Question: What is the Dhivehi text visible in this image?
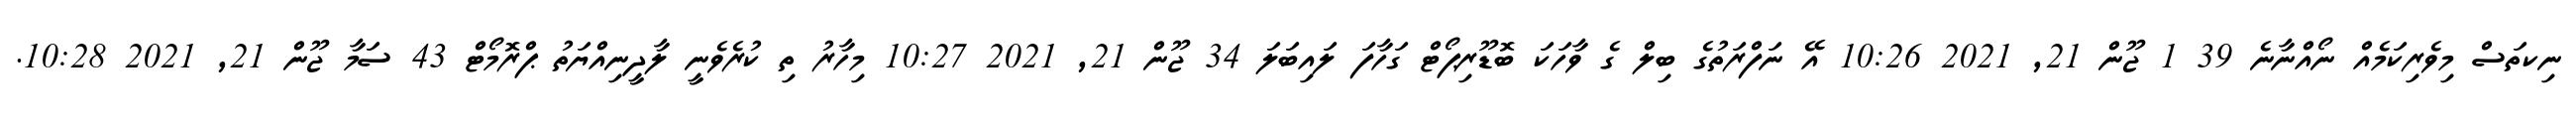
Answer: ނިކތަސް މިވެރިކަމެއް ނޯއްނާނެ 39 1 ޖޫން 21, 2021 10:26 އޭ ނަފްރަތުގެ ބިލް ގެ ވާހަކަ ބޮޑޫރިޕޯޓް ގަހާފަ ލައިބަލަ 34 ޖޫން 21, 2021 10:27 މިހާރު ތި ކުރެވެނީ ލާދީނިއްޔަތު ޕްރޮމޯޓް 43 ސަމާ ޖޫން 21, 2021 10:28.